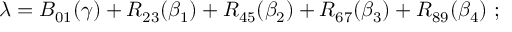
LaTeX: \lambda = B _ { 0 1 } ( \gamma ) + R _ { 2 3 } ( \beta _ { 1 } ) + R _ { 4 5 } ( \beta _ { 2 } ) + R _ { 6 7 } ( \beta _ { 3 } ) + R _ { 8 9 } ( \beta _ { 4 } ) ~ ;